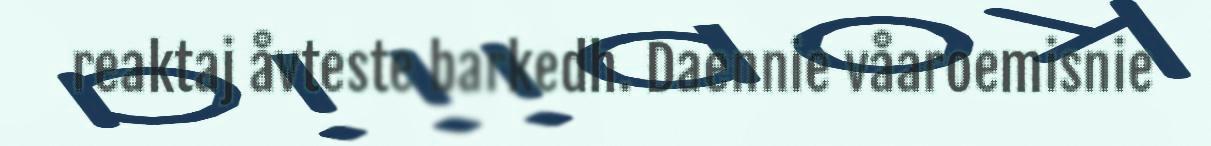
reaktaj åvteste barkedh. Daennie våaroemisnie